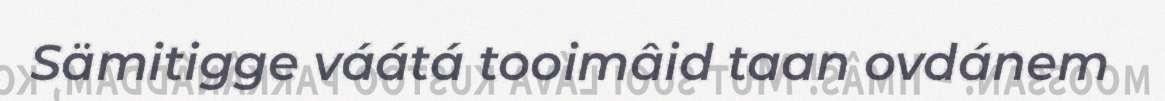
Sämitigge váátá tooimâid taan ovdánem